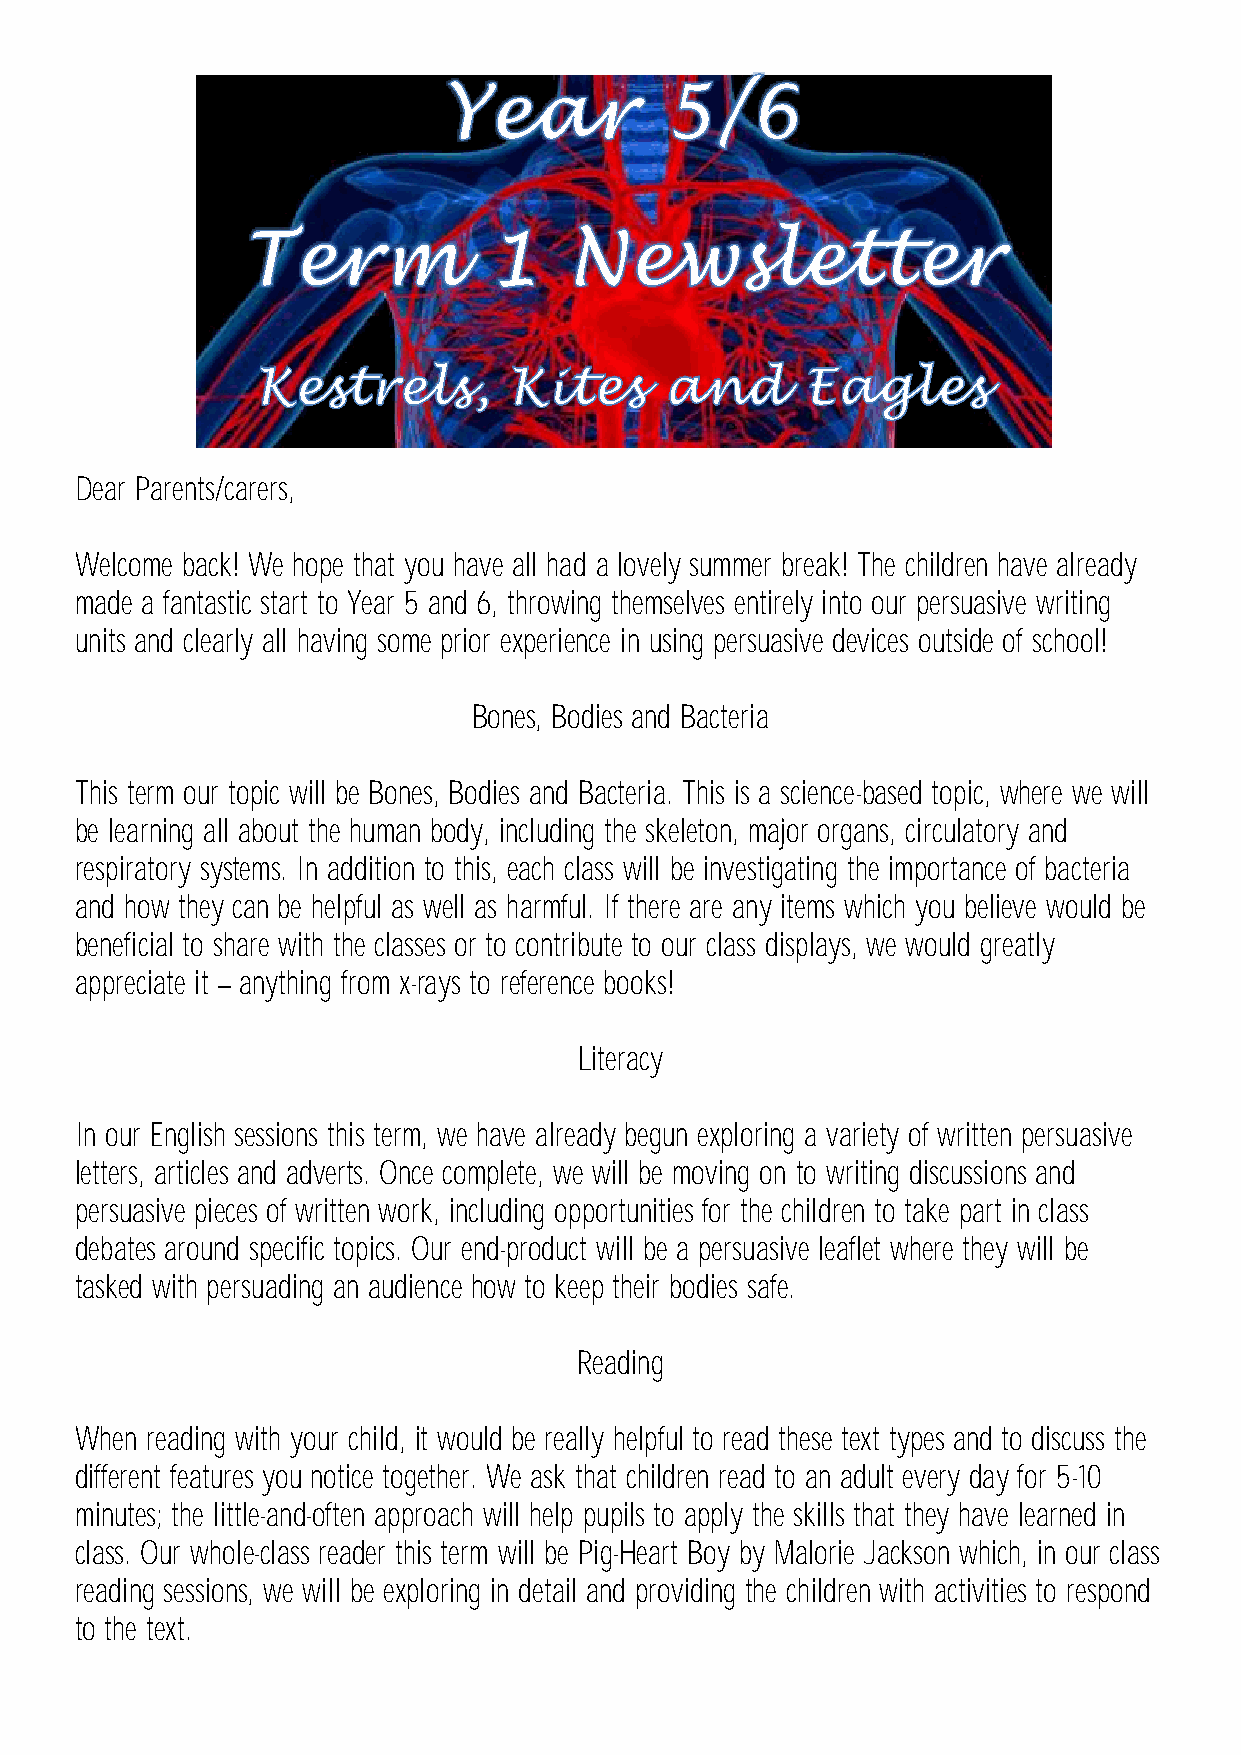
Dear Parents/carers,
 Welcome back! We hope that you have all had a lovely summer break! The children have already
 made a fantastic start to Year 5 and 6, throwing themselves entirely into our persuasive writing
 units and clearly all having some prior experience in using persuasive devices outside of school!
 Bones, Bodies and Bacteria
 This term our topic will be Bones, Bodies and Bacteria. This is a science-based topic, where we will
 be learning all about the human body, including the skeleton, major organs, circulatory and
 respiratory systems. In addition to this, each class will be investigating the importance of bacteria
 and how they can be helpful as well as harmful. If there are any items which you believe would be
 beneficial to share with the classes or to contribute to our class displays, we would greatly
 appreciate it anything from x-rays to reference books!
 Literacy
 In our English sessions this term, we have already begun exploring a variety of written persuasive
 letters, articles and adverts. Once complete, we will be moving on to writing discussions and
 persuasive pieces of written work, including opportunities for the children to take part in class
 debates around specific topics. Our end-product will be a persuasive leaflet where they will be
 tasked with persuading an audience how to keep their bodies safe.
 Reading
 When reading with your child, it would be really helpful to read these text types and to discuss the
 different features you notice together. We ask that children read to an adult every day for 5-10
 minutes; the little-and-often approach will help pupils to apply the skills that they have learned in
 class. Our whole-class reader this term will be Pig-Heart Boy by Malorie Jackson which, in our class
 reading sessions, we will be exploring in detail and providing the children with activities to respond
 to the text.